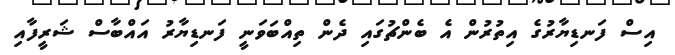
އިސް ފަނޑިޔާރުގެ އިތުރުން އެ ބެންޗުގައި ދެން ތިއްބަވަނީ ފަނޑިޔާރު އައްބާސް ޝަރީފާއި